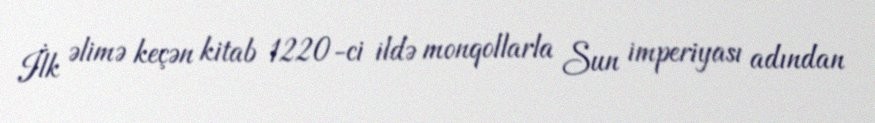
İlk əlimə keçən kitab 1220-ci ildə monqollarla Sun imperiyası adından